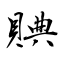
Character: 賟